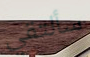
سألتقي